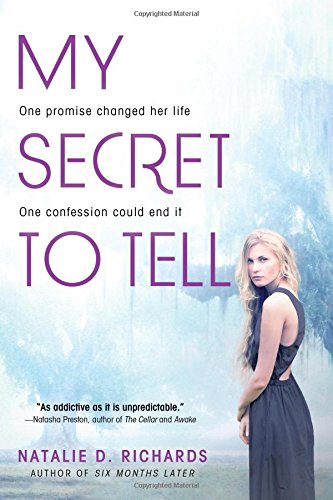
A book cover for My Secret to Tell; Natalie Richards; Teen & Young Adult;